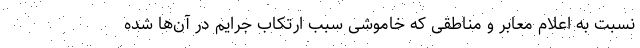
نسبت به اعلام معابر و مناطقی که خاموشی سبب ارتکاب جرایم در آن‌ها شده